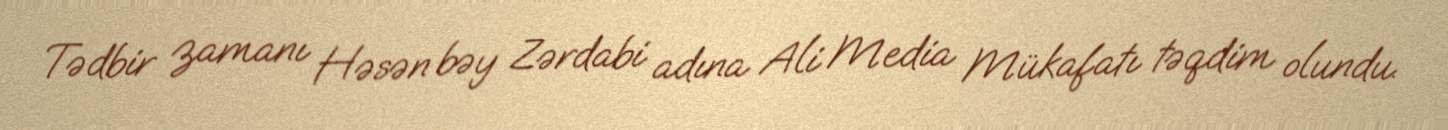
Tədbir zamanı Həsən bəy Zərdabi adına Ali Media Mükafatı təqdim olundu.